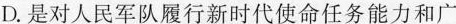
D.是对人民军队履行新时代使命任务能力和广